Report of the Bombay Plague Committee
Disease focus: Plague
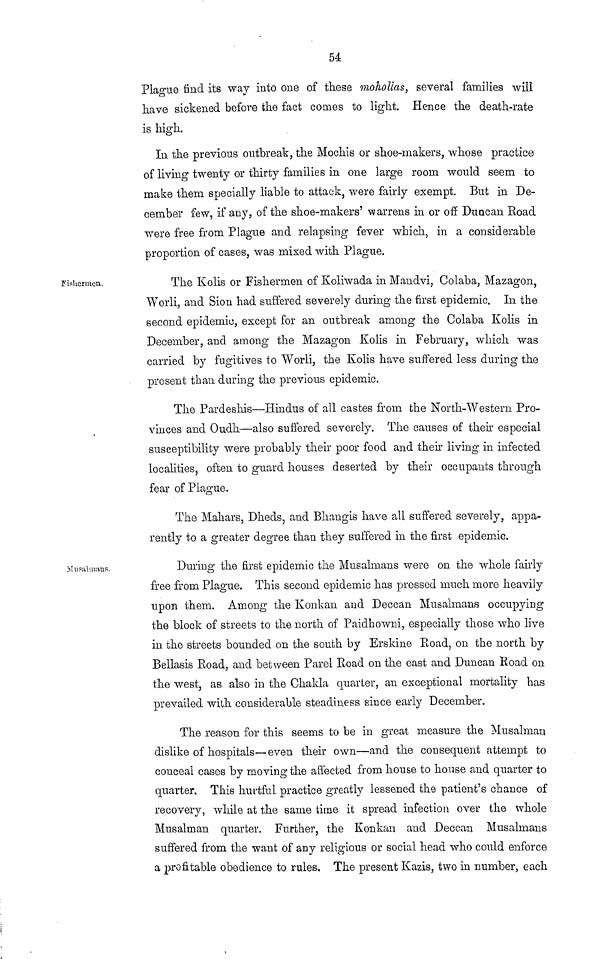
54
Plague find its way into one of these moholias, several families will
have sickened before the fact comes to light. Hence the death-rate
is high.
In the previous outbreak, the Mochis or shoe-makers, whose practice
of living twenty or thirty families in one large room would seem to
make them specially liable to attack, were fairly exempt. But in De-
cember few, if any, of the shoe-makers' warrens in or off Duncan Road
were free from Plague and relapsing fever which, in a considerable
proportion of cases, was mixed with Plague.
Fishermen.
The Kolis or Fishermen of Koliwada in Mandvi, Colaba, Mazagon,
Worli, and Sion had suffered severely during the first epidemic. In the
second epidemic, except for an outbreak among the Colaba Kolis in
December, and among the Mazagon Kolis in February, which was
carried by fugitives to Worli, the Kolis have suffered less during the
present than during the previous epidemic.
The Pardeshis—'Hindus of all castes from the North-Western Pro-
vinces and Oudh—also suffered severely. The causes of their especial
susceptibility were probably their poor food and their living in infected
localities, often to guard houses deserted by their occupants through
fear of Plague.
The Mahars, Dheds, and Bhangis have all suffered severely, appa-
rently to a greater degree than they suffered in the first epidemic.
Blusalmaus.
During the first epidemic the Musalmans were on the whole fairly
free from Plague. This second epidemic has pressed much more heavily
upon them. Among the Konkan and Deccan Musalmans occupying
the block of streets to the north of Paidhowni, especially those who live
in the streets bounded on the south by Erskine Road, on the north by
Bellasis Road, and between Parel Road on the east and Duncan Road on
the west, as also in the Chakla quarter, an exceptional mortality has
prevailed with considerable steadiness since early December.
The reason for this seems to be in great measure the Musalman
dislike of hospitals—even their own—and the consequent attempt to
conceal cases by moving the affected from house to house and quarter to
quarter. This hurtful practice greatly lessened the patient's chance of
recovery, while at the same time it spread infection over the whole
Musalman quarter. Further, the Konkan and Deccan Musalmans
suffered from the want of any religious or social head who could enforce
a profitable obedience to rules. The present Kazis, two in number, each